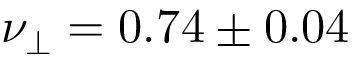
\nu _ { \perp } = 0 . 7 4 \pm 0 . 0 4